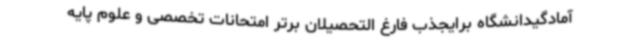
آمادگیدانشگاه برایجذب فارغ التحصیلان برتر امتحانات تخصصی و علوم پایه